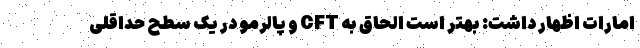
امارات اظهار داشت: بهتر است الحاق به CFT و پالرمو در یک سطح حداقلی